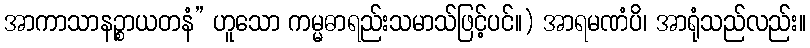
အာကာသာနဉ္စာယတနံ” ဟူသော ကမ္မဓာရည်းသမာသ်ဖြင့်ပင်။) အာရမဏံပိ၊ အာရုံသည်လည်း။